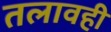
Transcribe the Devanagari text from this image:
तलावही